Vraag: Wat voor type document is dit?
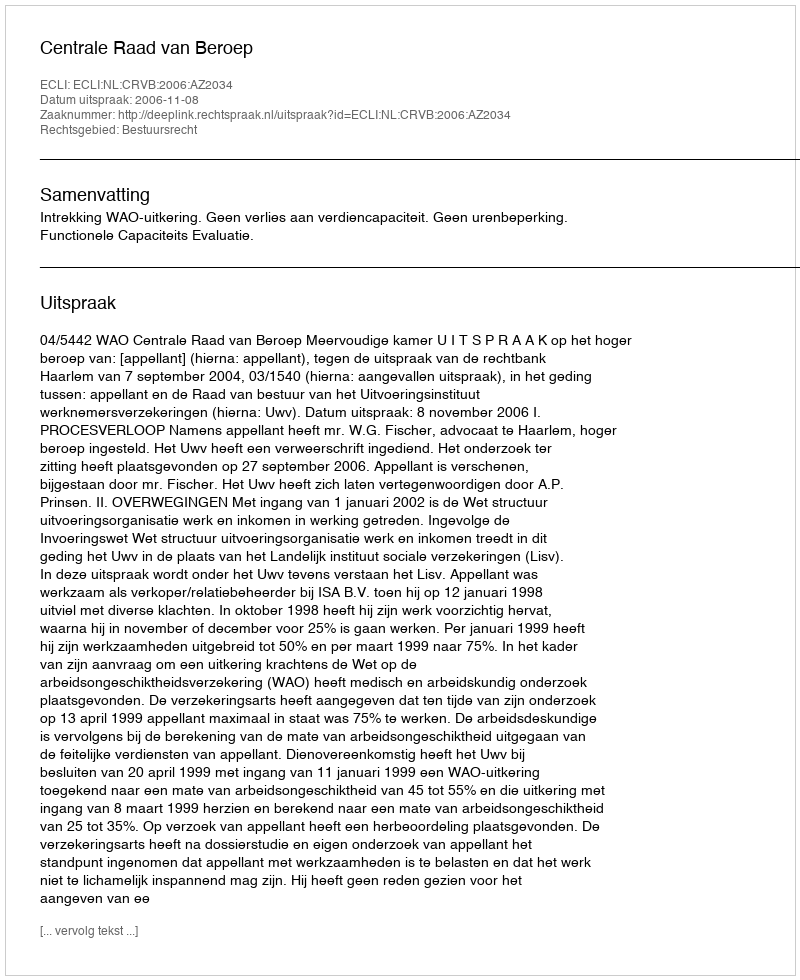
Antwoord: Uitspraak